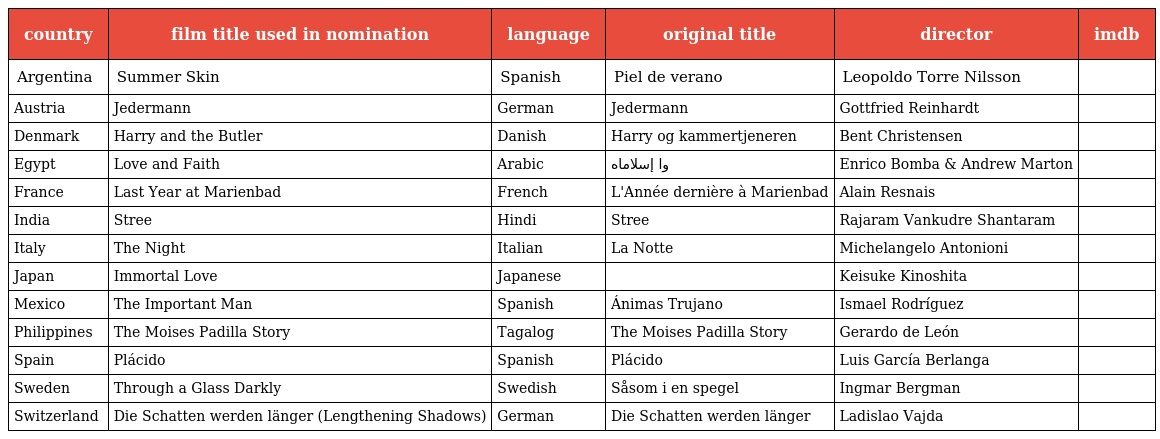
| country | film title used in nomination | language | original title | director | imdb |
 | --- | --- | --- | --- | --- | --- |
 | Argentina | Summer Skin | Spanish | Piel de verano | Leopoldo Torre Nilsson |  |
 | Austria | Jedermann | German | Jedermann | Gottfried Reinhardt |  |
 | Denmark | Harry and the Butler | Danish | Harry og kammertjeneren | Bent Christensen |  |
 | Egypt | Love and Faith | Arabic | وا إسلاماه | Enrico Bomba & Andrew Marton |  |
 | France | Last Year at Marienbad | French | L'Année dernière à Marienbad | Alain Resnais |  |
 | India | Stree | Hindi | Stree | Rajaram Vankudre Shantaram |  |
 | Italy | The Night | Italian | La Notte | Michelangelo Antonioni |  |
 | Japan | Immortal Love | Japanese | 永遠の人 | Keisuke Kinoshita |  |
 | Mexico | The Important Man | Spanish | Ánimas Trujano | Ismael Rodríguez |  |
 | Philippines | The Moises Padilla Story | Tagalog | The Moises Padilla Story | Gerardo de León |  |
 | Spain | Plácido | Spanish | Plácido | Luis García Berlanga |  |
 | Sweden | Through a Glass Darkly | Swedish | Såsom i en spegel | Ingmar Bergman |  |
 | Switzerland | Die Schatten werden länger (Lengthening Shadows) | German | Die Schatten werden länger | Ladislao Vajda |  |